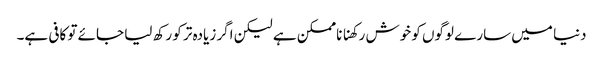
دنیا میں سارے لوگوں کو خوش رکھنا ناممکن ہے لیکن اگر زیادہ تر کو رکھ لیا جائے تو کافی ہے۔